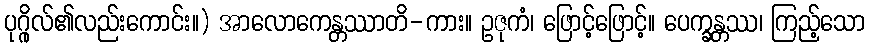
ပုဂ္ဂိုလ်၏လည်းကောင်း။) အာလောကေန္တဿာတိ-ကား။ ဥဇုကံ၊ ဖြောင့်ဖြောင့်။ ပေက္ခန္တဿ၊ ကြည့်သော